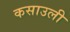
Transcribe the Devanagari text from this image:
कसाउली